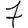
Digit: 7